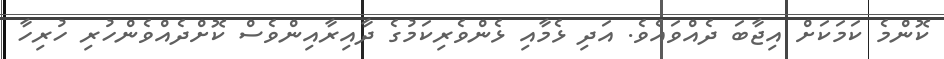
ކޮންމެ ކަމަކަށް އިޖާބަ ދެއްވައެވެ. އަދި ޅެމާއި ޅެންވެރިކަމުގެ ދާއިރާއިންވެސް ކޮށްދެއްވެންހުރި ހުރިހާ